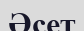
Әсет